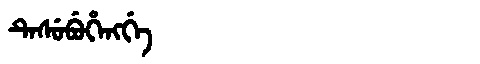
Manchu: ᡨᡝᠰᡠᠪᡠᡥᡝᠩᡤᡝ
Romanization: TESUBUHENGGE